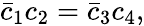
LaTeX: \bar{c}_{1}c_{2}=\bar{c}_{3}c_{4},